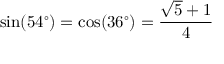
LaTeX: \sin ( 5 4 ^ { \circ } ) = \cos ( 3 6 ^ { \circ } ) = { \frac { { \sqrt { 5 } } + 1 } { 4 } }